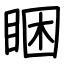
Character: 睏